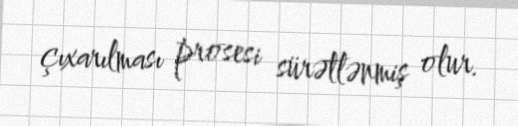
çıxarılması prosesi sürətlənmiş olur.